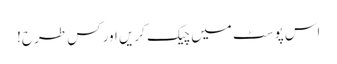
اس پوسٹ میں چیک کریں اور کس طرح!